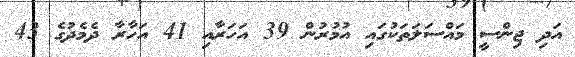
އަދި ޖިންސީ މައްސަލަތަކުގައި އުމުރުން 39 އަހަރާއި 41 އަހާރާ ދެމެދުގެ 43